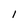
Character: l